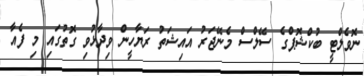
ނޮވެލްޓީ ބުކްޝޮޕްގެ ސޭލްސް މެނޭޖަރު އައިޝަތު ރަޔާހީން ވިދާޅުވި ގޮތުގައި މި ފެއާ